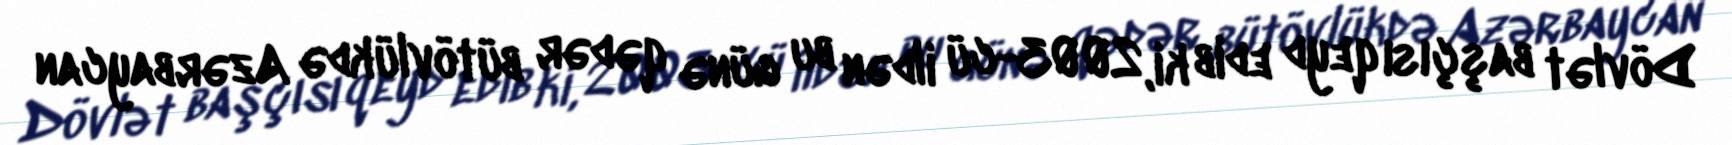
Dövlət başçısı qeyd edib ki, 2003-cü ildən bu günə qədər bütövlükdə Azərbaycan